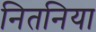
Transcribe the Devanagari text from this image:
नितनिया